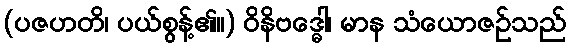
(ပဇဟတိ၊ ပယ်စွန့်၏။) ဝိနိဗဒ္ဓေါ၊ မာန သံယောဇဉ်သည်